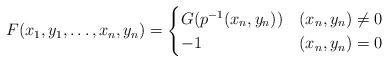
LaTeX: \begin{align*}F(x_{1}, y_{1}, \dots, x_{n}, y_{n})=\begin{cases}G(p^{-1}(x_{n}, y_{n})) & (x_{n}, y_{n})\ne 0 \\-1 & (x_{n}, y_{n})= 0\end{cases}\end{align*}